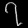
Digit: ၇